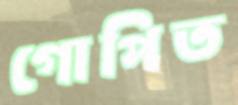
গোপিত